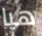
هيا